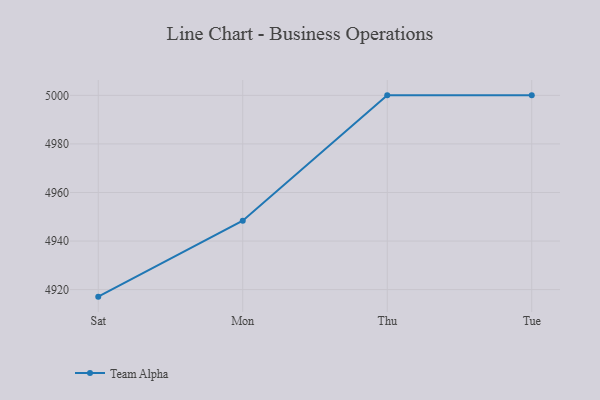
{"axis": {"x": "Day", "y": "Net Income (USD K)"}, "legend": ["Team Alpha"], "data": [{"x": "Sat", "y": 4917.1, "type": "Team Alpha"}, {"x": "Mon", "y": 4948.4, "type": "Team Alpha"}, {"x": "Thu", "y": 5000, "type": "Team Alpha"}, {"x": "Tue", "y": 5000, "type": "Team Alpha"}]}